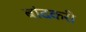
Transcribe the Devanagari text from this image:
बांदकरी